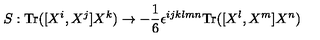
S : \mathrm { T r } ( [ X ^ { i } , X ^ { j } ] X ^ { k } ) \rightarrow - { \frac { 1 } { 6 } } \epsilon ^ { i j k l m n } \mathrm { T r } ( [ X ^ { l } , X ^ { m } ] X ^ { n } )